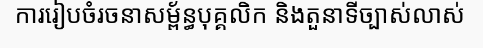
ការរៀបចំរចនាសម្ព័ន្ធបុគ្គលិក និងតួនាទីច្បាស់លាស់